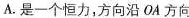
A.是一个恒力，方向沿OA方向